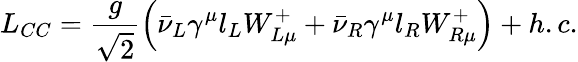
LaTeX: L_{CC}=\frac{g}{\sqrt{2}}\left(\bar{\nu}_{L}\gamma^{\mu}l_{L}W_{L\mu}^{+}+\bar{\nu}_{R}\gamma^{\mu}l_{R}W_{R\mu}^{+}\right)+h.c.